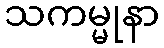
သကမ္မုနာ